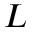
L